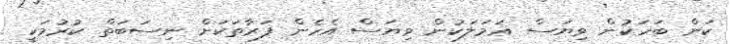
ކަން ބަހަކުން ވިޔަސް ޢަމަލަކުން ވިޔަސް އެހެން ފަރާތަކަށް ނިސަބަތް ކުރުމަކީ